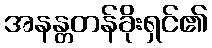
အနန္တတန်ခိုးရှင်၏